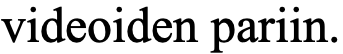
videoiden pariin.